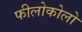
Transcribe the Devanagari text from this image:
फीलोकोलो